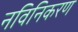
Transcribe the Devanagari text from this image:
नविनिकरण